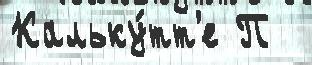
Кальку́тт'е П